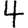
Digit: 4